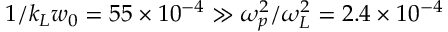
1 / k _ { L } w _ { 0 } = 5 5 \times 1 0 ^ { - 4 } \gg \omega _ { p } ^ { 2 } / \omega _ { L } ^ { 2 } = 2 . 4 \times 1 0 ^ { - 4 }